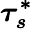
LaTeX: \boldsymbol{\tau_{s}^{*}}